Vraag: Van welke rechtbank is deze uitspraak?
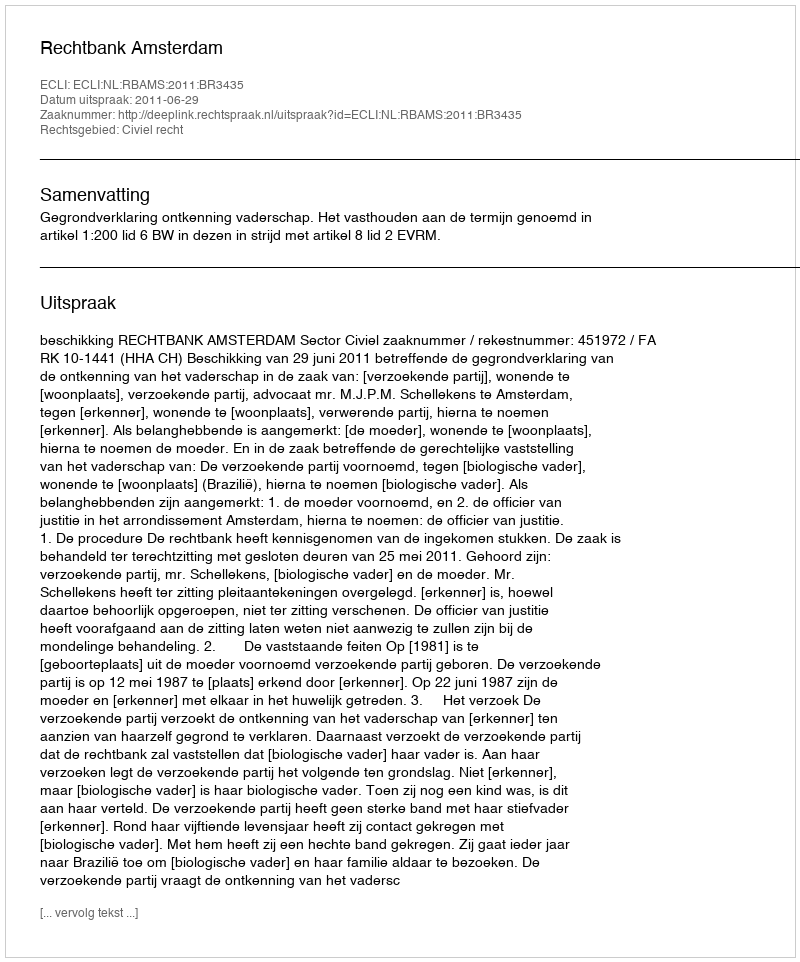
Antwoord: Rechtbank Amsterdam